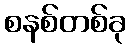
စနစ်တစ်ခု